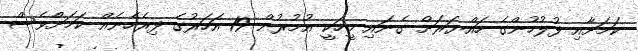
ކަމަށާއި ފުލުހުންގެ ހައްޔަރަށް ގެނައި މީހަކީ އުމުރުން 19 އަހަރުގެ ފިރެހެނެއް ކަމަށްވެސް